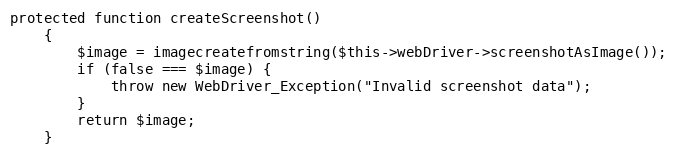
Language: PHP
protected function createScreenshot()
    {
        $image = imagecreatefromstring($this->webDriver->screenshotAsImage());
        if (false === $image) {
            throw new WebDriver_Exception("Invalid screenshot data");
        }
        return $image;
    }